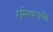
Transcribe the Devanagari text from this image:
रामेश्वरपर्यंत